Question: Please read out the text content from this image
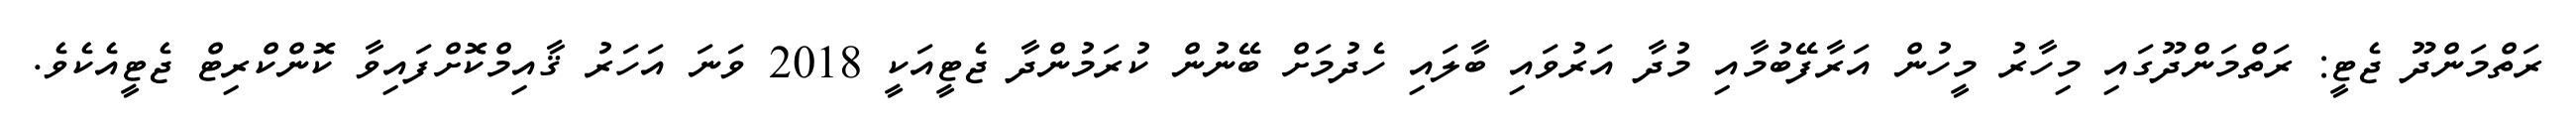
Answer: ރަތްމަންދޫ ޖެޓީ: ރަތްމަންދޫގައި މިހާރު މީހުން އަރާފޭބުމާއި މުދާ އަރުވައި ބާލައި ހެދުމަށް ބޭނުން ކުރަމުންދާ ޖެޓީއަކީ 2018 ވަނަ އަހަރު ޤާއިމްކޮށްފައިވާ ކޮންކްރިޓް ޖެޓީއެކެވެ.